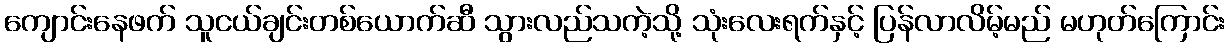
ကျောင်းနေဖက် သူငယ်ချင်းတစ်ယောက်ဆီ သွားလည်သကဲ့သို့ သုံးလေးရက်နှင့် ပြန်လာလိမ့်မည် မဟုတ်ကြောင်း